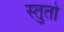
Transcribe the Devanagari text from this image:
स्तुतो